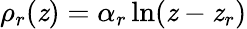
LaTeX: \rho_{r}(\mathit{z})=\alpha_{r}\ln(\mathit{z}-\mathit{z}_{r})